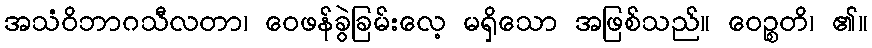
အသံဝိဘာဂသီလတာ၊ ဝေဖန်ခွဲခြမ်းလေ့ မရှိသော အဖြစ်သည်။ ဝေဉ္စတိ၊ ၏။